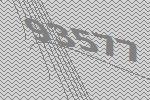
93577